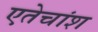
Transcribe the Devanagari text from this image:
एतेचांश